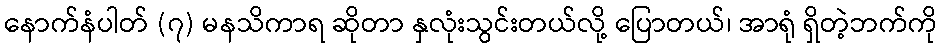
နောက်နံပါတ် (၇) မနသိကာရ ဆိုတာ နှလုံးသွင်းတယ်လို့ ပြောတယ်၊ အာရုံ ရှိတဲ့ဘက်ကို